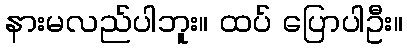
နားမလည်ပါဘူး။ ထပ် ပြောပါဦး။